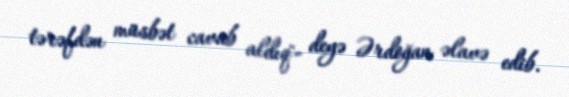
tərəfdən müsbət cavab aldıq`- deyə Ərdoğan əlavə edib.